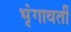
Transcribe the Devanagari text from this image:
भृंगावर्ती